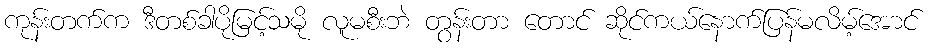
ကုန်းတက်က ဒီတစ်ခါပိုမြင့်သမို လူမစီးဘဲ တွန်းတာ တောင် ဆိုင်ကယ်နောက်ပြန်မလိမ့်အောင်